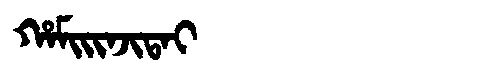
Manchu: ᡥᠠᠮᡳᡳᠨᠵᡳᡨᠠᡳ
Romanization: HAMIINJITAI